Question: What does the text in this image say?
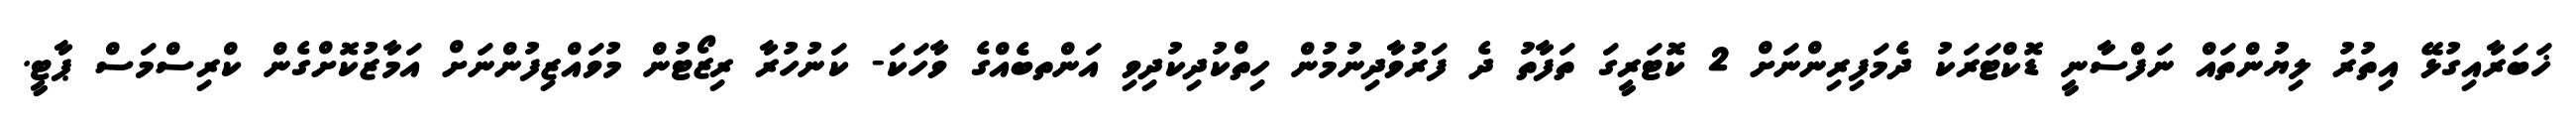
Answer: ޚަބަރާއިގުޅޭ އިތުރު ލިޔުންތައް ނަފްސާނީ ޑޮކްޓަރަކު ދެމަފިރިންނަށް 2 ކޮޓަރީގަ ތަފާތު ދެ ފަރުވާދިނުމުން ހިތްކުދިކުދިވި އަންތބެއްގެ ވާހަކަ- ކަނުހުރާ ރިޒޯޓުން މުވައްޒިފުންނަށް އަމާޒުކޮށްގެން ކްރިސްމަސް ޕާޓީ.